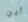
أين